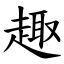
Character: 趣